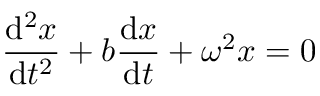
{ \frac { \mathrm { d } ^ { 2 } x } { \mathrm { d } t ^ { 2 } } } + b { \frac { \mathrm { d } x } { \mathrm { d } t } } + \omega ^ { 2 } x = 0